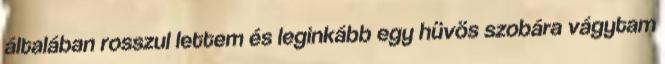
általában rosszul lettem és leginkább egy hüvös szobára vágytam